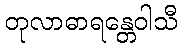
တုလာဓာရန္တေဝါသီ